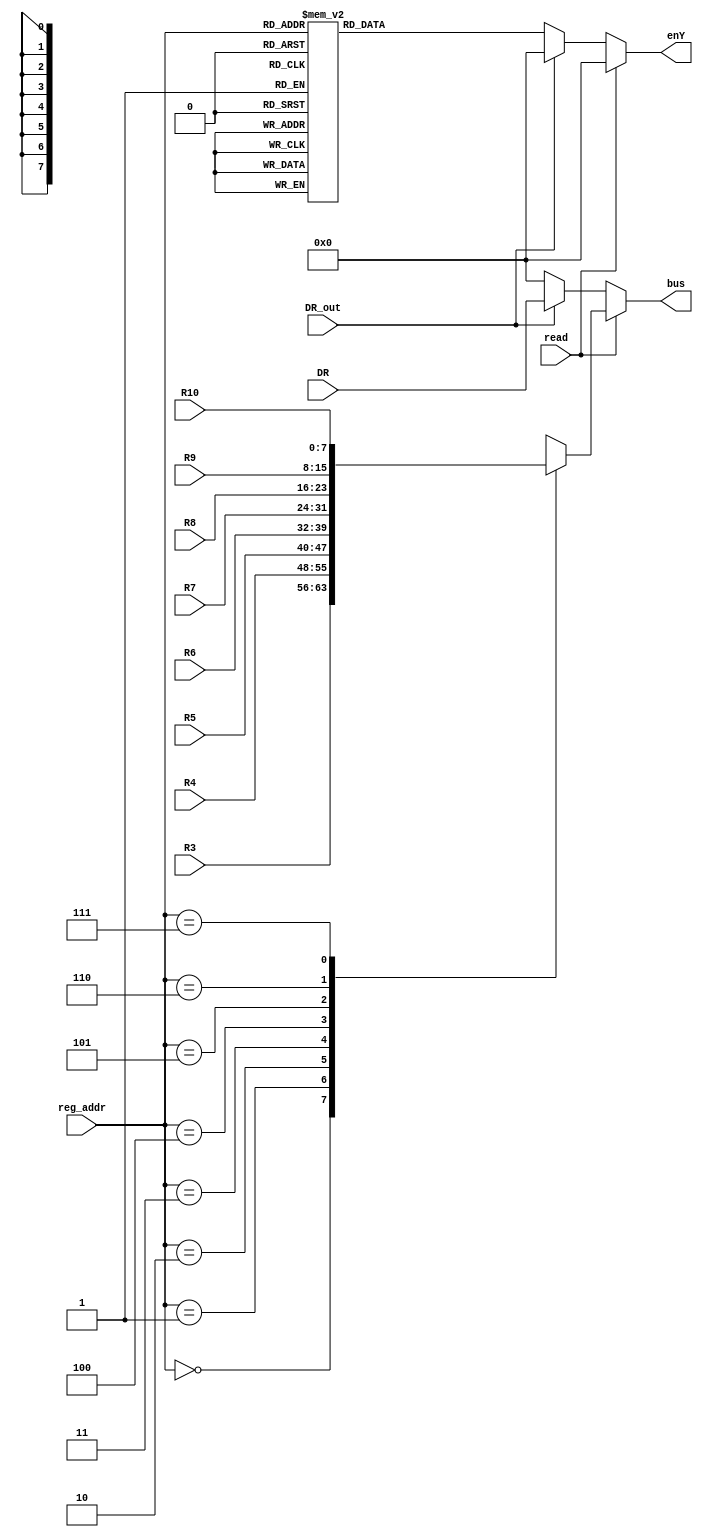
`timescale 1ns / 1ps
//////////////////////////////////////////////////////////////////////////////////
// Company: 
// Engineer: 
// 
// Design Name: 
// Module Name:    RegYcontroller 
// Project Name: 
// Target Devices: 
// Tool versions: 
// Description: 
//
// Dependencies: 
//
// Revision: 
// Revision 0.01 - File Created
// Additional Comments: 
//
//////////////////////////////////////////////////////////////////////////////////
module RegYcontroller(R3,R4,R5,R6,R7,R8,R9,R10,DR,read,DR_out,reg_addr,bus,enY
    );
 input [7:0] R3,R4,R5,R6,R7,R8,R9,R10,DR;
 input read,DR_out;
 input [2:0] reg_addr; 
 output reg [7:0] bus, enY;
 
 always @ (R3 or R4 or R5 or R6 or R7 or R8 or R9 or R10 or DR or read or DR_out or reg_addr)
  if (read) begin
  enY<=8'b0;
   case(reg_addr)
	3'd0: bus<=R3;
	3'd1: bus<=R4;
	3'd2: bus<=R5;
	3'd3: bus<=R6;
	3'd4: bus<=R7;
	3'd5: bus<=R8;
	3'd6: bus<=R9;
	3'd7: bus<=R10;
	default bus<=8'b0;
	endcase
	end
  else if (DR_out) begin
  enY<=8'b0;
  bus<=DR;
  end
  else begin
  bus<=8'b0;
   case(reg_addr)
	3'd0: enY<=8'b1;
	3'd1: enY<=8'b10;
	3'd2: enY<=8'b100;
	3'd3: enY<=8'b1000;
	3'd4: enY<=8'b10000;
	3'd5: enY<=8'b100000;
	3'd6: enY<=8'b1000000;
	3'd7: enY<=8'b10000000;
	default enY<=8'b0;
   endcase
	end
endmodule